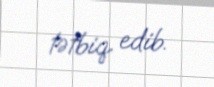
tətbiq edib.